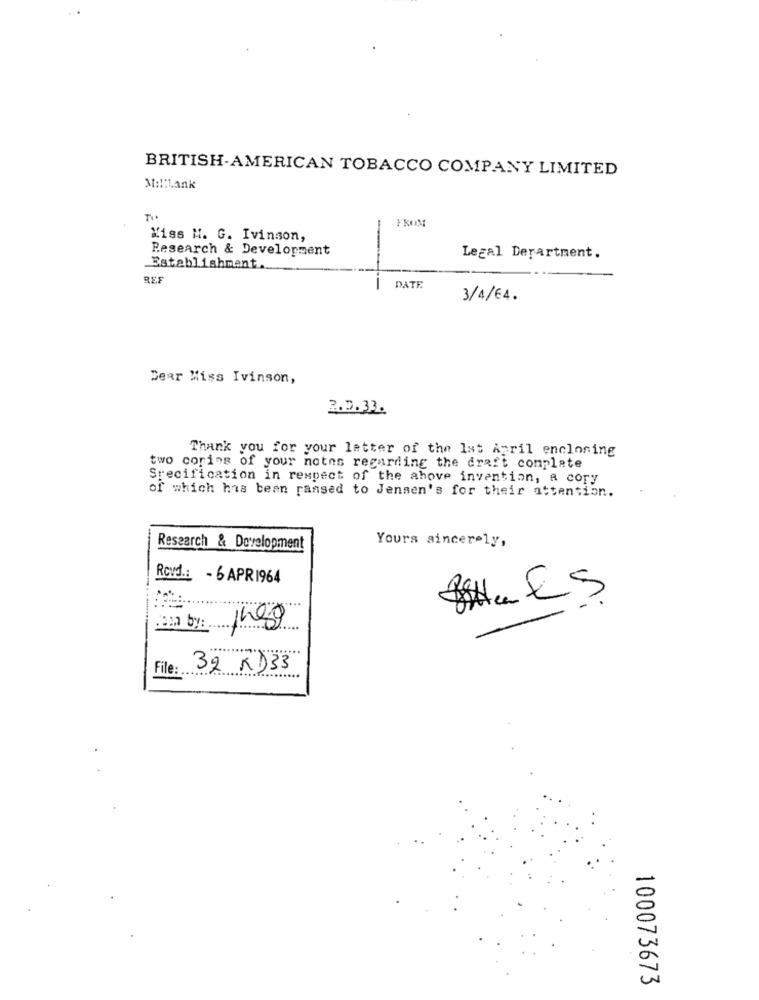
BRITISH-AMERICAN TOBACCO COMPANY LIMITED
Molllank
FROM
Xiss H. G. Ivinson,
Research & Development
Legal Derartment.
Establishment.
REF
---
DATE.
3/4/64.
Dear Miss Ivinson,
2.2.33.
Thank you for your letter of the 1st April encloning
two corins of your notes regarding the draft complete
Specification in respect of the ahove invention, A cory
of which has been ransed to Jensen's for their attention.
Yours sincerely,
Research & Development
Rovd .: - 6 APR1964
11
BIHa ES.
em by: ...
File:
32 KD33
100073673